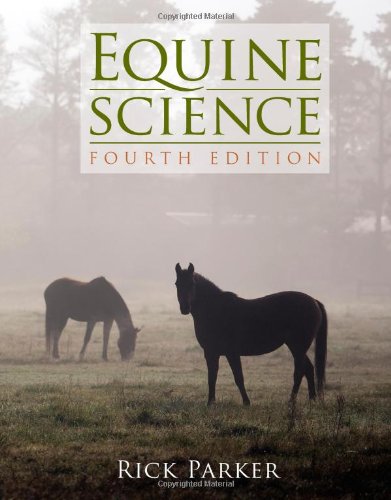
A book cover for Equine Science, 4th Edition; Rick Parker; Crafts, Hobbies & Home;